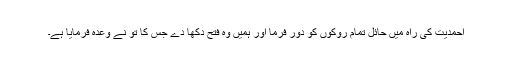
احمدیت کی راہ میں حائل تمام روکوں کو دور فرما اور ہمیں وہ فتح دکھا دے جس کا تو نے وعدہ فرمایا ہے۔